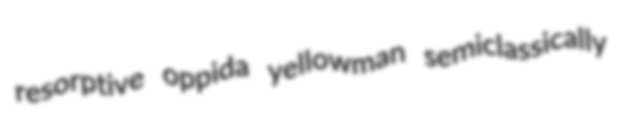
resorptive oppida yellowman semiclassically